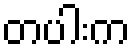
တပါးက